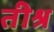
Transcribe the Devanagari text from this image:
तीश्र